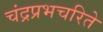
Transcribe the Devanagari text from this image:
चंद्रप्रभचरिते